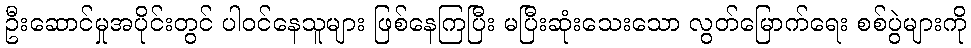
ဦးဆောင်မှုအပိုင်းတွင် ပါဝင်နေသူများ ဖြစ်နေကြပြီး မပြီးဆုံးသေးသော လွတ်မြောက်ရေး စစ်ပွဲများကို